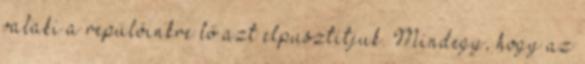
valaki a repülőinkre lő azt elpusztítjuk. Mindegy, hogy az